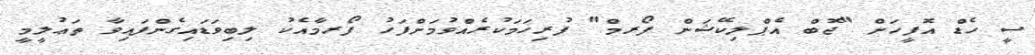
ސީ ހެޑް އޮފީހަށް "ޖޮބް އެޕްލިކޭޝަން ފޯރމް" ފުރިހަމަކުރެއްވުމަށްފަހު ފޯރމާއެކު ލިބިވަޑައިގެންފައިވާ ތަޢުލީމީ